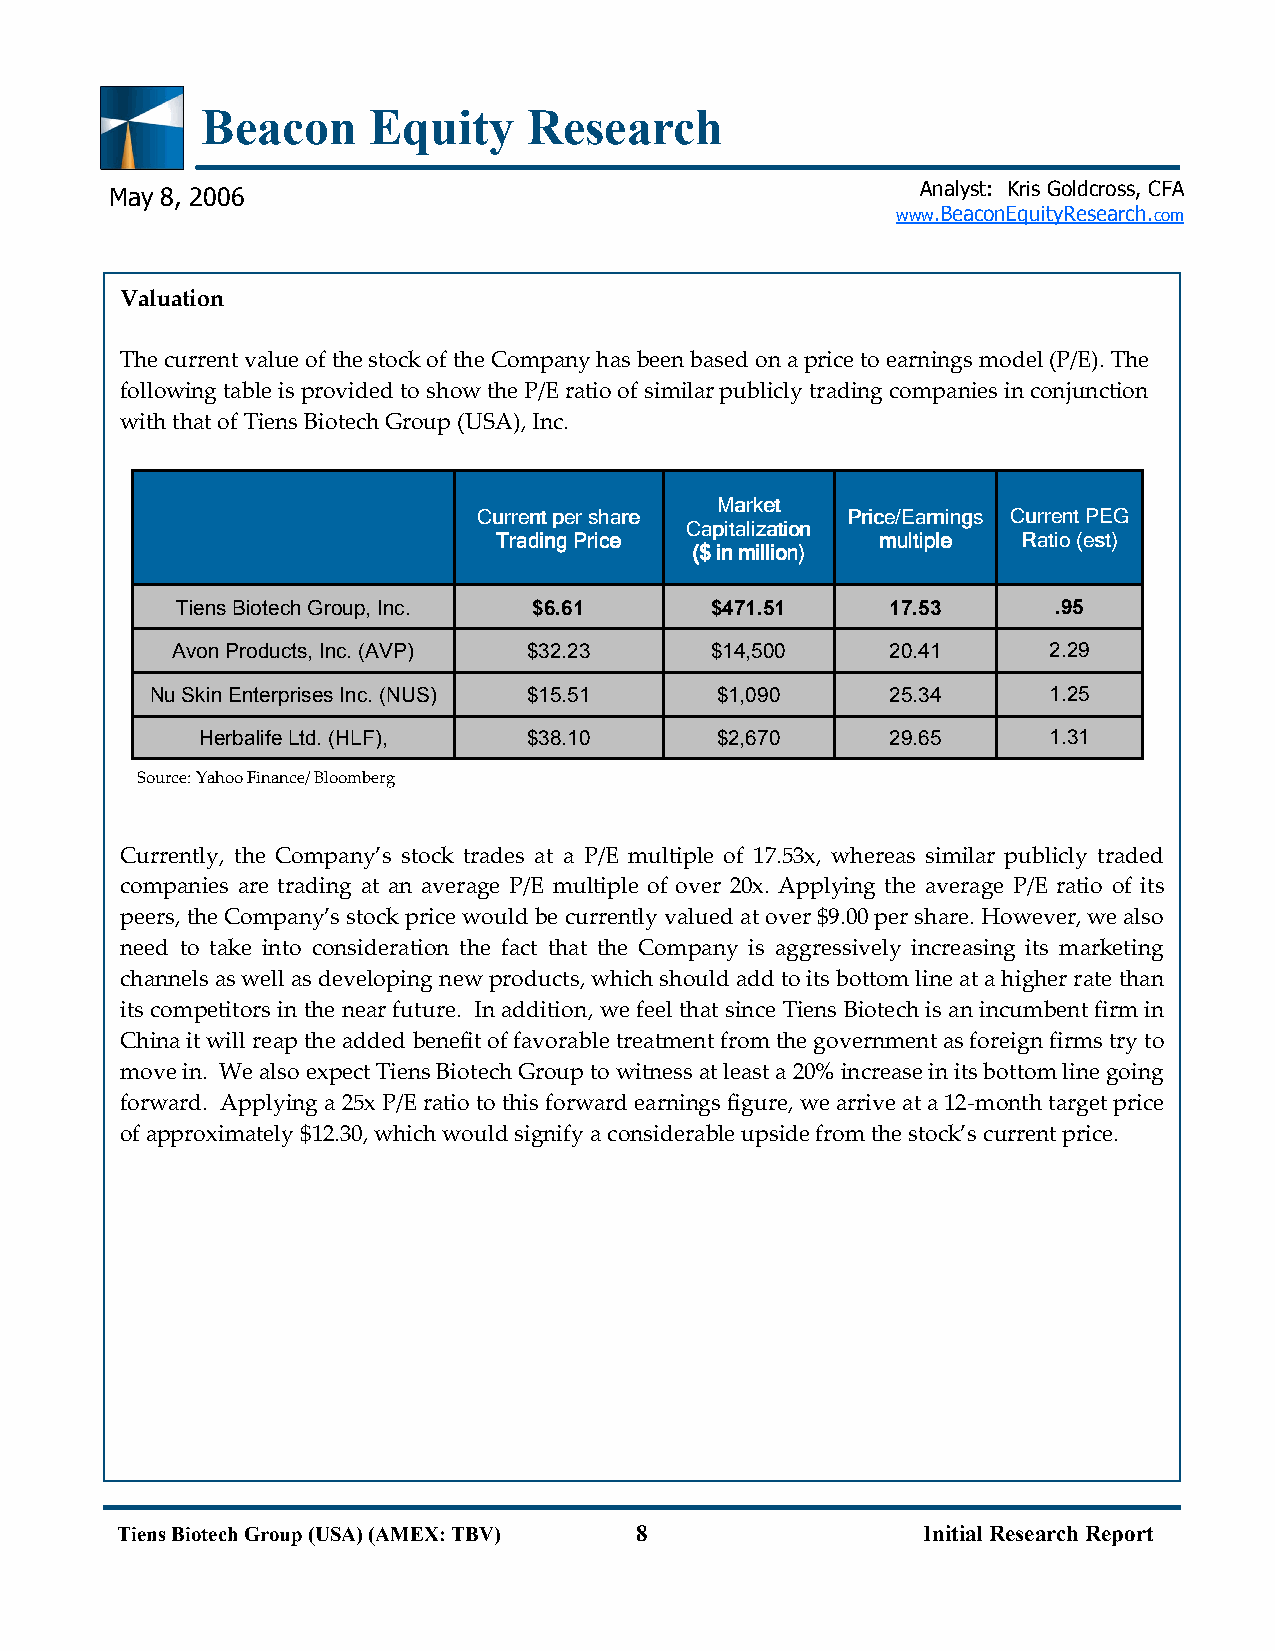
Beacon     Equity     Research
 Analyst: Kris Goldcross, CFA
 May 8, 2006
 www.BeaconEquityResearch.com
 V aluation
 The current value of the stock of the Company has been based on a price to earnings model (P/E). The
 following table is provided to show the P/E ratio of similar publicly trading companies in conjunction
 with that of Tiens Biotech Group (USA), Inc.
 MMMMaaaarrrrkkkkeeeetttt
 CCCCuuuurrrrrrrreeeennnntttt ppppeeeerrrr sssshhhhaaaarrrreeee PPPPrrrriiiicccceeee////EEEEaaaarrrrnnnniiiinnnnggggssss CCCCuuuurrrrrrrreeeennnntttt PPPPEEEEGGGG
 CCCCaaaappppiiiittttaaaalllliiiizzzzaaaattttiiiioooonnnn
 TTTTrrrraaaaddddiiiinnnngggg PPPPrrrriiiicccceeee mmmmuuuullllttttiiiipppplllleeee RRRRaaaattttiiiioooo ((((eeeesssstttt))))
 (((($$$$ iiiinnnn mmmmiiiilllllllliiiioooonnnn))))
 Tiens Biotech Group, Inc. $6.61    $471.51     17.53      .95
 Avon Products, Inc. (AVP) $32.23    $14,500     20.41     2.29
 Nu Skin Enterprises Inc. (NUS) $15.51 $1,090     25.34     1.25
 Herbalife Ltd. (HLF), $38.10      $2,670      29.65     1.31
 Source: Yahoo Finance/ Bloomberg
 Currently, the Company’s stock trades at a P/E multiple of 17.53x, whereas similar publicly traded
 companies are trading at an average P/E multiple of over 20x. Applying the average P/E ratio of its
 peers, the Company’s stock price would be currently valued at over $9.00 per share. However, we also
 need to take into consideration the fact that the Company is aggressively increasing its marketing
 channels as well as developing new products, which should add to its bottom line at a higher rate than
 its competitors in the near future. In addition, we feel that since Tiens Biotech is an incumbent firm in
 China it will reap the added benefit of favorable treatment from the government as foreign firms try to
 move in. We also expect Tiens Biotech Group to witness at least a 20% increase in its bottom line going
 forward. Applying a 25x P/E ratio to this forward earnings figure, we arrive at a 12-month target price
 of approximately $12.30, which would signify a considerable upside from the stock’s current price.
 Tiens Biotech Group (USA) (AMEX: TBV) 8              Initial Research Report